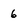
Character: 6